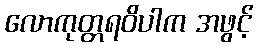
လောကုတ္တရဝိပါက အဖွင့်